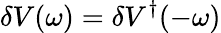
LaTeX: \delta V(\omega)=\delta V^{\dagger}(-\omega)